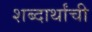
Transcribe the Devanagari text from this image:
शब्दार्थांची